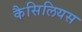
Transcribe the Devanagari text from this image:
कैसिलियस